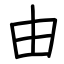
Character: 由